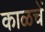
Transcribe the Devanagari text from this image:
काळचें